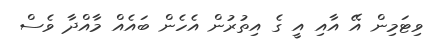
ވިޓަމިން އޭ އާއި އީ ގެ އިތުރުން އެހެން ބައެއް މާއްދާ ވެސް